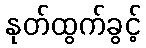
နုတ်ထွက်ခွင့်